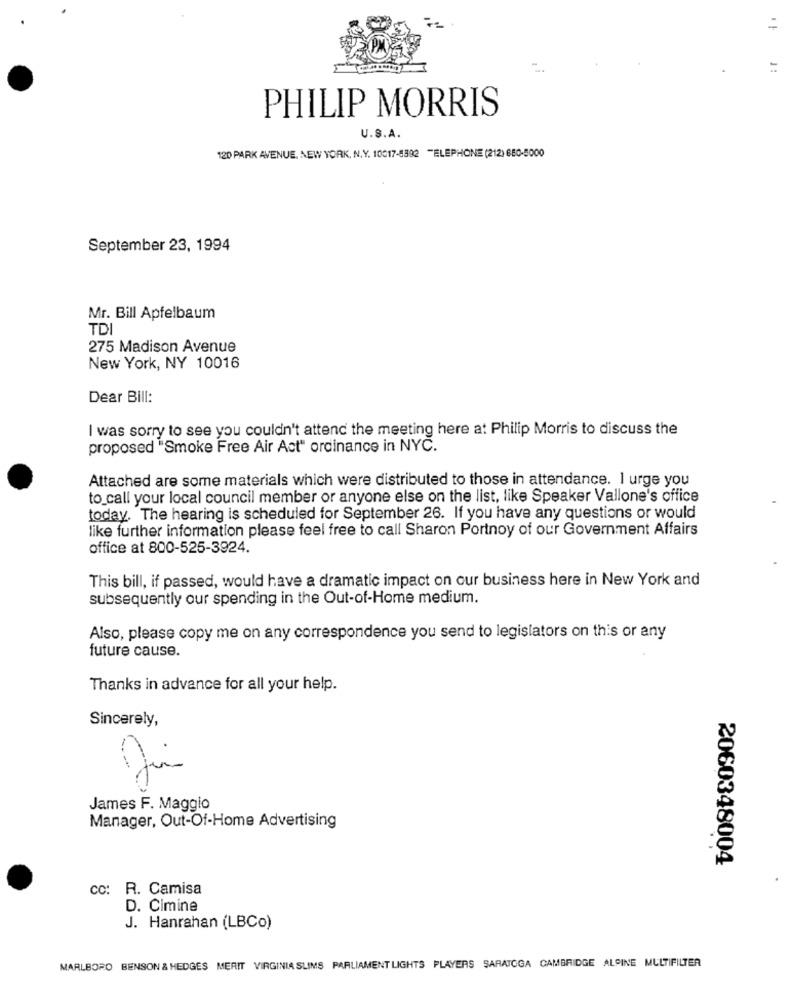
=
PHILIP MORRIS
U.S.A.
120 PARK AVENUE, NEW YORK, N.Y. 10017-8392 "ELEPHONE (212) 680-5000
September 23, 1994
Mr. Bill Apfelbaum
TD
275 Madison Avenue
New York, NY 10016
Dear Bill:
I was sorry to see you couldn't attend the meeting here at Philip Morris to discuss the
proposed "Smoke Free Air Act" ordinance in NYC.
Attached are some materials which were distributed to those in attendance. I urge you
to_call your local council member or anyone else on the list, like Speaker Vallone's office
today. The hearing is scheduled for September 26. If you have any questions or would
like further information please feel free to call Sharon Portnoy of our Government Affairs
office at 800-525-3924.
This bill, if passed, would have a dramatic impact on our business here in New York and
subsequently our spending in the Out-of-Home medium.
Also, please copy me on any correspondence you send to legislators on this or any
future cause.
Thanks in advance for all your help.
Sincerely,
James F. Maggio
Manager, Out-Of-Home Advertising
2060348004
cc: R. Camisa
D. Cimine
J. Hanrahan (LBCo)
MARLBORO BENSON & HEDGES MERIT VIRGINIA SLIMS PARLIAMENT LIGHTS PLAYERS SARATOGA CAMBRIDGE ALPINE MULTIFILTER